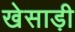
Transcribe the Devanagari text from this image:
खेसाड़ी